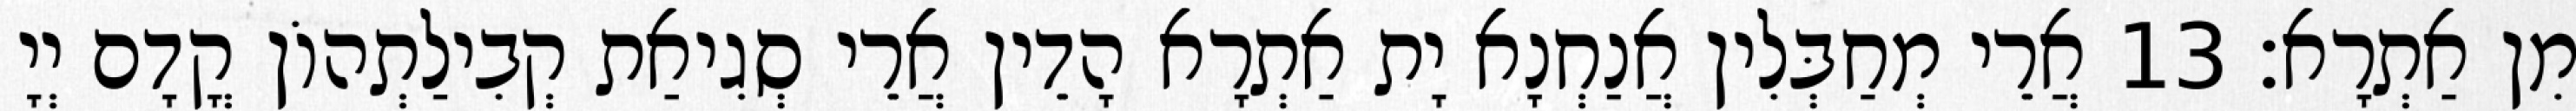
מִן אַתְרָא׃ 13 אֲרֵי מְחַבְּלִין אֲנַחְנָא יָת אַתְרָא הָדֵין אֲרֵי סְגִיאַת קְבִילַתְהוֹן קֳדָם יְיָ